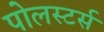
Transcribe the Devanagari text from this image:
पोलस्टर्स